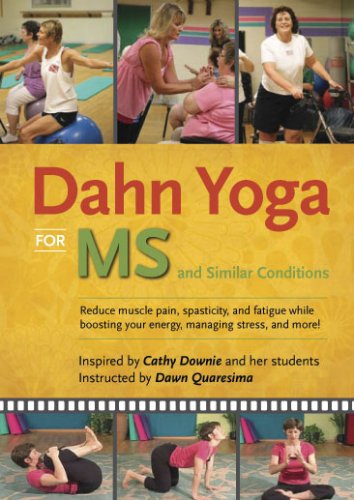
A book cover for Dahn Yoga for Multiple Sclerosis and Similar Conditions; Best Life Media; Health, Fitness & Dieting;